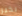
بخير